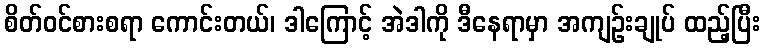
စိတ်ဝင်စားစရာ ကောင်းတယ်၊ ဒါကြောင့် အဲဒါကို ဒီနေရာမှာ အကျဉ်းချုပ် ထည့်ပြီး